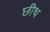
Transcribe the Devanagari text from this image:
छीथ